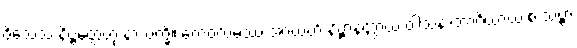
ဝိသေသံ နိဗ္ဗတ္တေတုံ နာသက္ခိ။ ကေဝလမဿ အာယတိံ နိဗ္ဗာနတ္ထာယ ဝါသနာဘာဂိယာယ စ သဗ္ဗာ